DOW-UAP-D49, Launch Summary, Vandenberg AFB, 2000
Agency: Department of War
Incident date: 2/3/00
Page 95
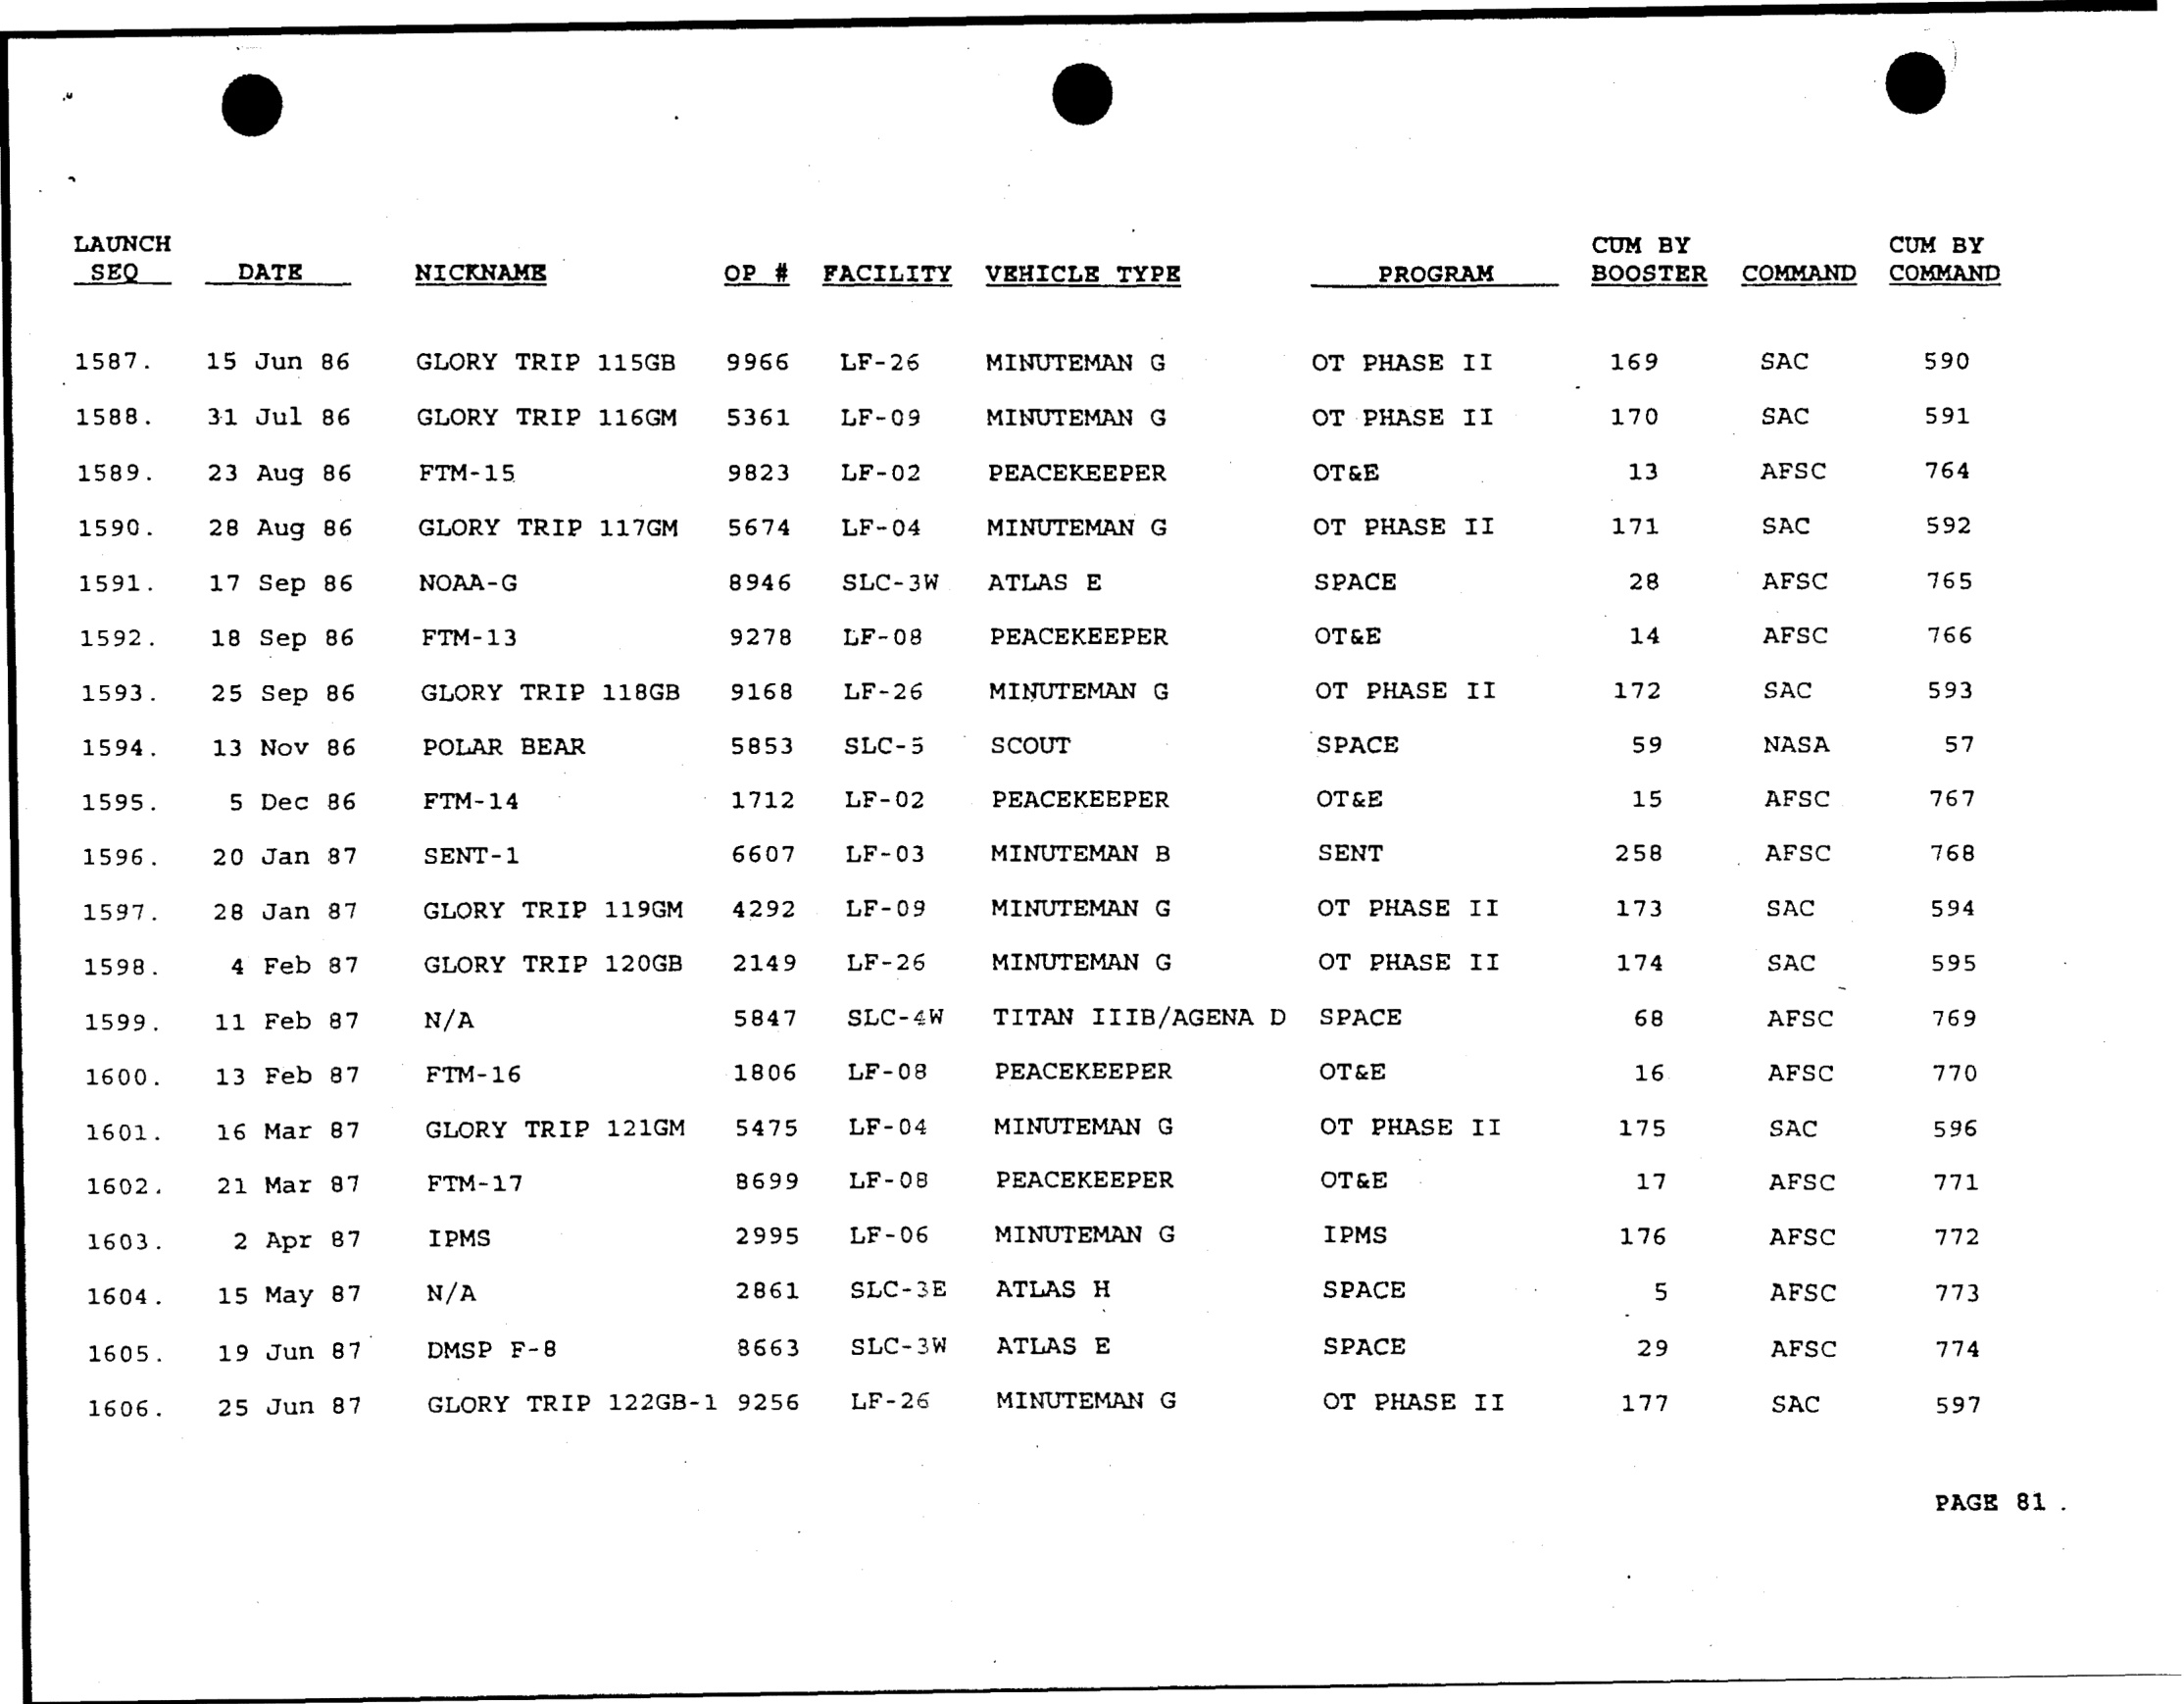